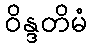
ဝိန္ဒတိမံ